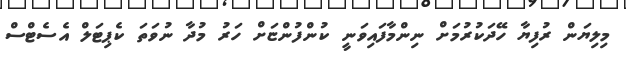
މިލިޔަން ރުފިޔާ ހޭދަކުރުމަށް ނިންމާފައިވަނީ ކުންފުންޏަށް ހަރު މުދާ ނުވަތަ ކެޕިޓަލް އެސެޓްސް